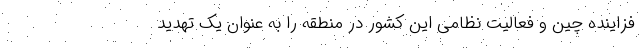
فزاینده چین و فعالیت نظامی این کشور در منطقه را به عنوان یک تهدید